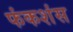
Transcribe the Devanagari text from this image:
फंकशंस